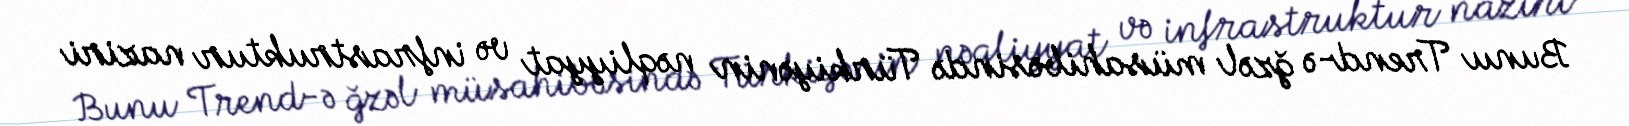
Bunu Trend-ə ğzəl müsahibəsində Türkiyənin nəqliyyat və infrastruktur naziri